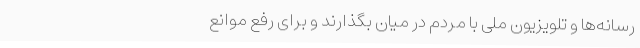
رسانه‌‌ها و تلویزیون ملی با مردم در میان بگذارند و برای رفع موانع